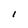
Character: I